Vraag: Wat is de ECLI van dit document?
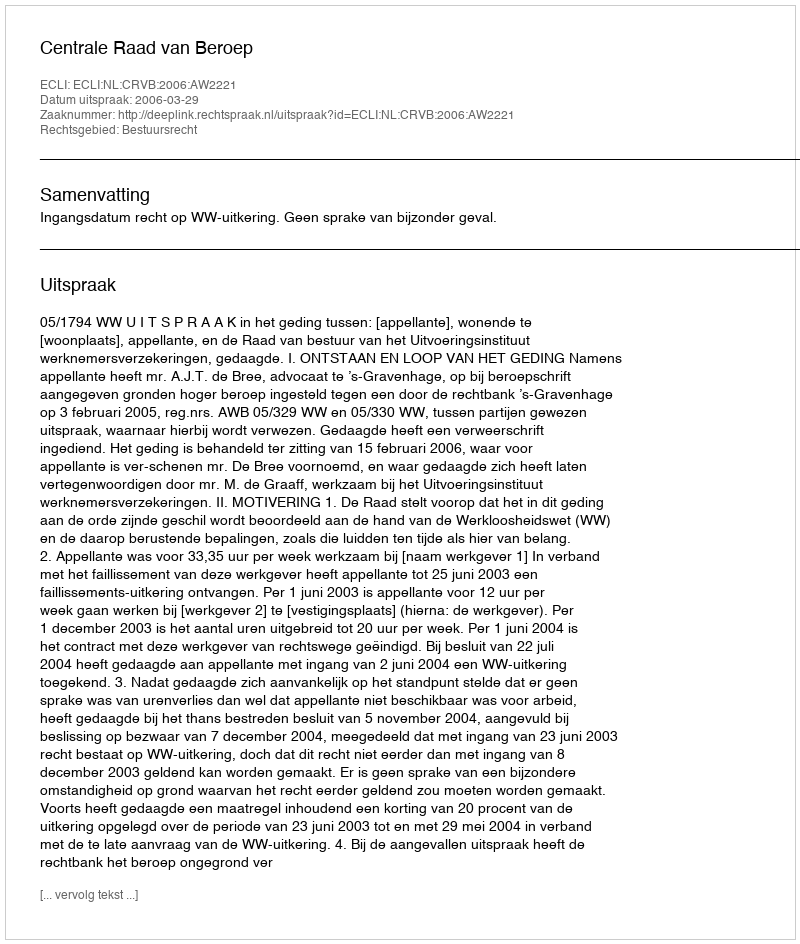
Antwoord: ECLI:NL:CRVB:2006:AW2221